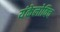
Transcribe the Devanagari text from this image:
यंकेलोविच